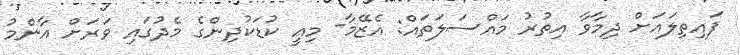
ފައިތިލައަށް ދިމާވާ އިތުރު މައްސަލަތައް: އެޒޭމާ- މިއީ ކުޑަކުދިންގެ މެދުގައި ވަރަށް އާންމު